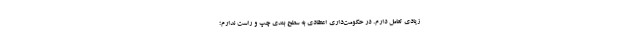
زیادی تعامل دارم. در حکومت‌داری اعتقادی به سطح بندی چپ و راست ندارم؛